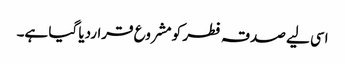
اسی لیے صدقہ فطر کو مشروع قراردیا گیا ہے۔